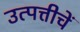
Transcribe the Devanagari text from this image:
उत्पत्तीचें